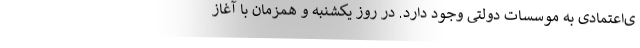
ی‌اعتمادی به موسسات دولتی وجود دارد. در روز یکشنبه و همزمان با آغاز